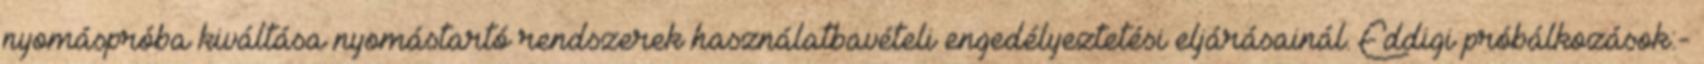
nyomáspróba kiváltása nyomástartó rendszerek használatbavételi engedélyeztetési eljárásainál. Eddigi próbálkozások:-